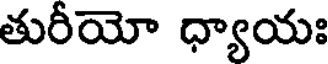
తురీయో ధ్యాయః